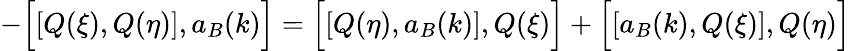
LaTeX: -\Bigl[\left[Q(\xi),Q(\eta)\right],a_{B}(k)\Bigr]=\Bigl[\left[Q(\eta),a_{B}(k)\right],Q(\xi)\Bigr]+\Bigl[\left[a_{B}(k),Q(\xi)\right],Q(\eta)\Bigr]